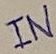
Text: IN